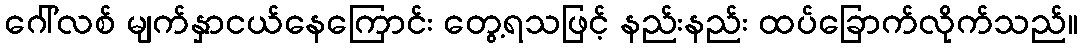
ဂေါ်လစ် မျက်နှာငယ်နေကြောင်း တွေ့ရသဖြင့် နည်းနည်း ထပ်ခြောက်လိုက်သည်။